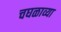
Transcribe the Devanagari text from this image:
चघळाव्या